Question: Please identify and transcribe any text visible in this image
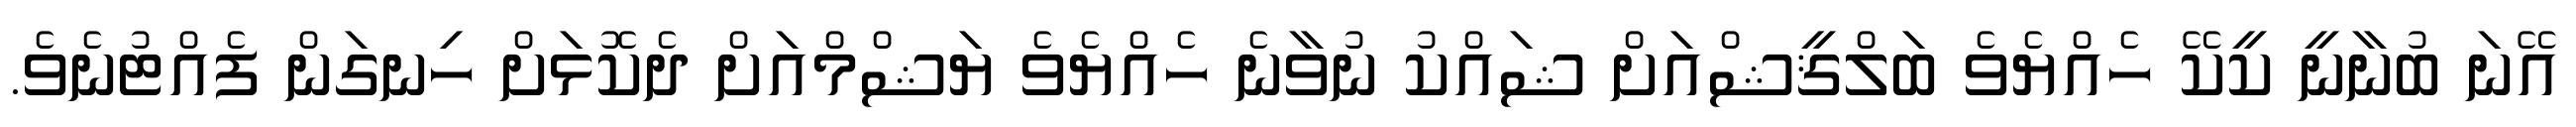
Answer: އޭނަ ބުނާނީ ކީކޭ ހެއްޔެވެ ބަލްޤީޝްއަށް ޝައްކު ނުވާނެ ހެއްޔެވެ ޔަޝްމްއަށް ދެކޮޅަށް ހިނގަން ފެއްޓުނެވެ.